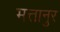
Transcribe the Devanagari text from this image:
मत्तानुर